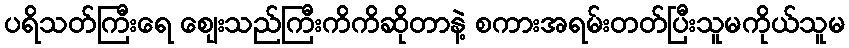
ပရိသတ်ကြီးရေ ဈေးသည်ကြီးကိကိဆိုတာနဲ့ စကားအရမ်းတတ်ပြီးသူမကိုယ်သူမ